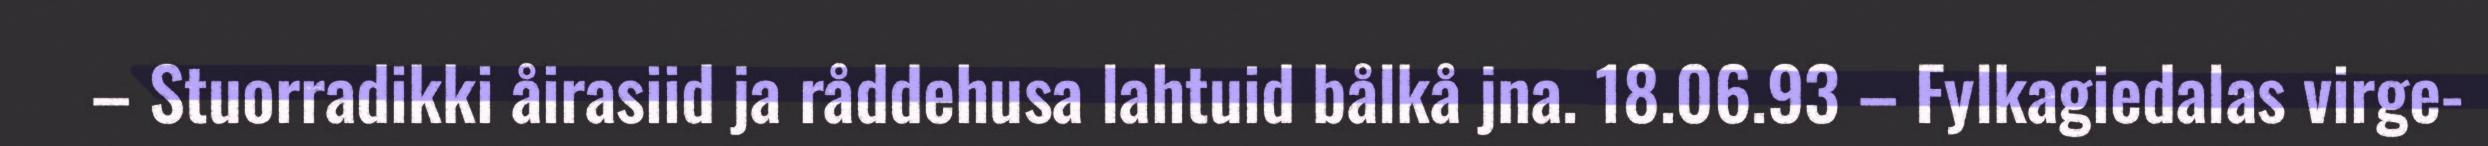
– Stuorradikki åirasiid ja råddehusa lahtuid bålkå jna. 18.06.93 – Fylkagiedalas virge-